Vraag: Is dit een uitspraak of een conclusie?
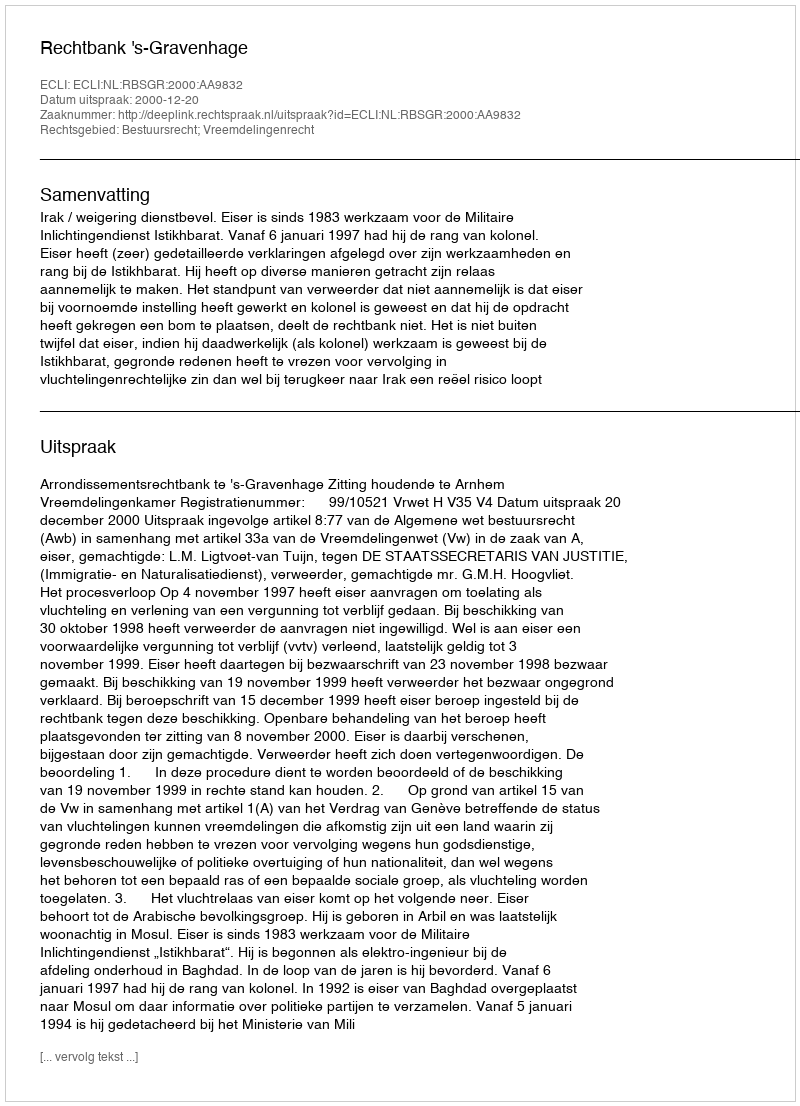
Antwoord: Uitspraak